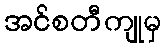
အင်စတီကျုမှ